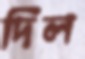
দিল